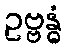
ဥဗ္ဗန္ဓံ